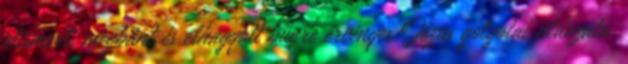
elismert, megbánt és elhagyott bűnre érvényes Jézus golgotai áldozata,